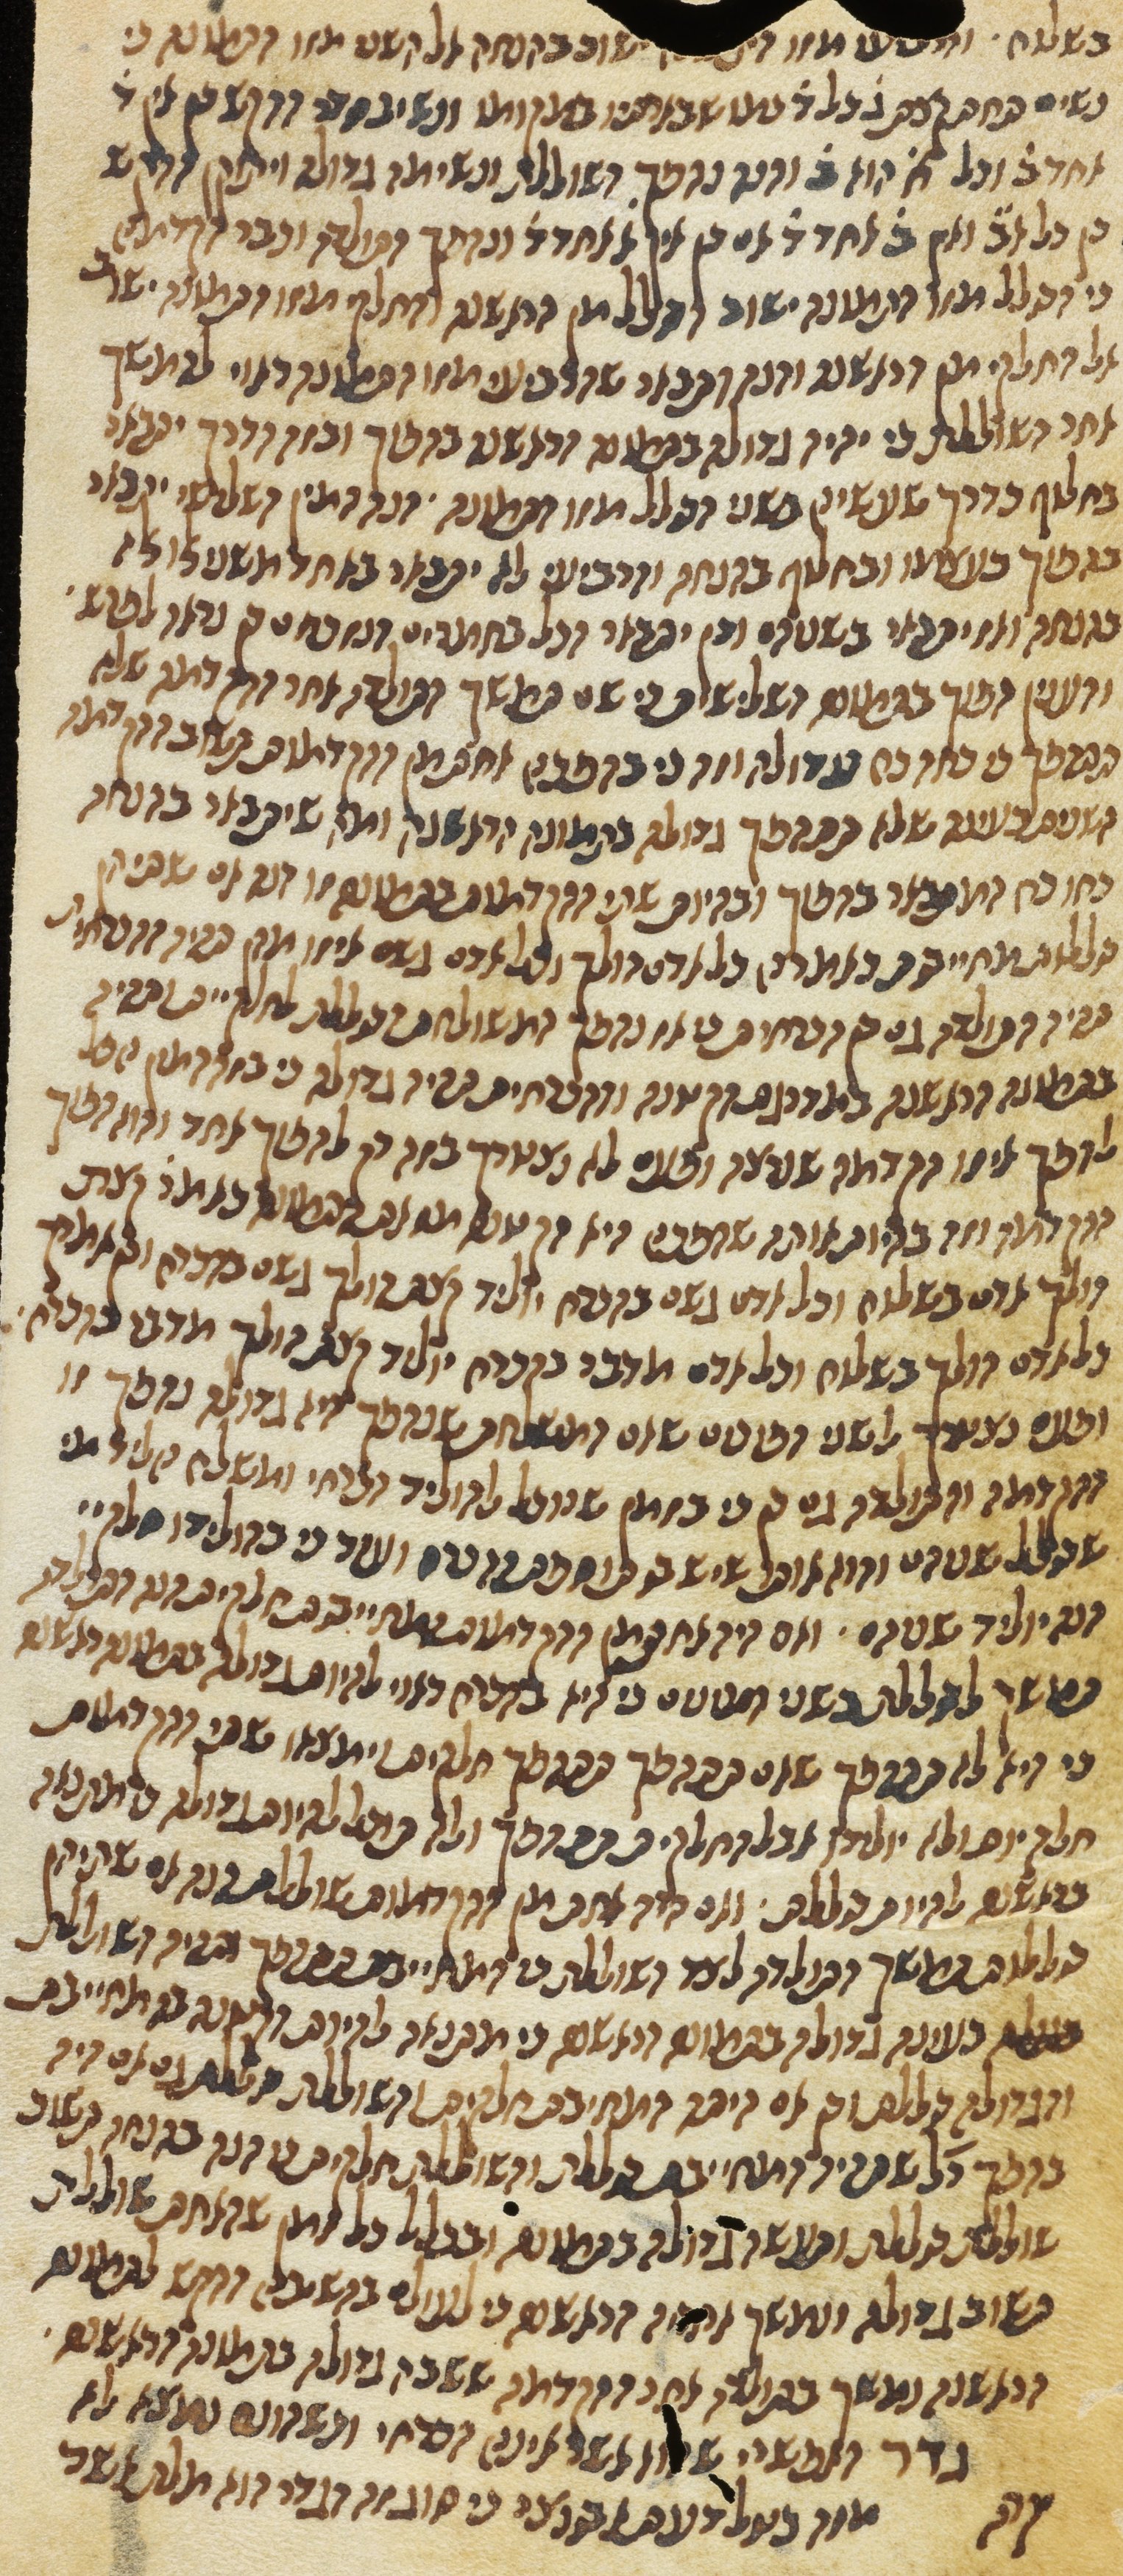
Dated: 1270–1330